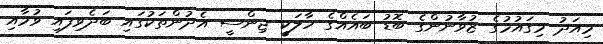
މިއަދު މިގައުމުގެ ޒުވާނުންގެ ބޮޑު ބައެއްގެ ހާލަކީ ޖިންސީ އެދުންތަކުގައި ބަދެވިފައި ވުމާއި